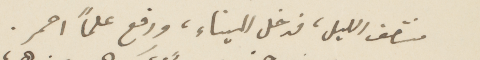
منتصف الليل، فدخل الميناء، ورفع علمًا احمر